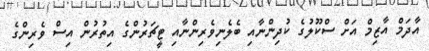
އާދަމް އާޒިމް އަށް ސްކޫލުގެ ކުދިންނާއި ބެލެނިވެރިންނާއި ޓީޗަރުންގެ އިތުރުން އިސް ވެރިންގެ